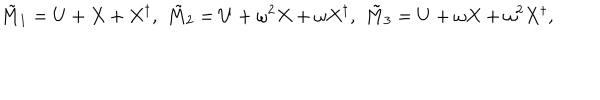
\tilde { M } _ { 1 } = U + X + X ^ { \dagger } , \, \, \tilde { M } _ { 2 } = U + \omega ^ { 2 } X + \omega X ^ { \dagger } , \, \, \tilde { M } _ { 3 } = U + \omega X + \omega ^ { 2 } X ^ { \dagger } ,